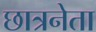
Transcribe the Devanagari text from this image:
छात्रनेता